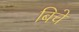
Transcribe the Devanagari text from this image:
बिचे